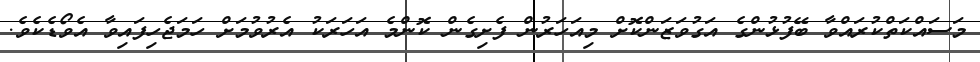
މަސައްކަތްކުރައްވާ ބޭފުޅުންގެ އަގުވަޒަންކޮށް މިއަހަރުން ފެށިގެން ކޮންމެ އަހަރަކު އެރުވުމަށް ހަމަޖެހިފައިވާ އެވޯޑެކެވެ.